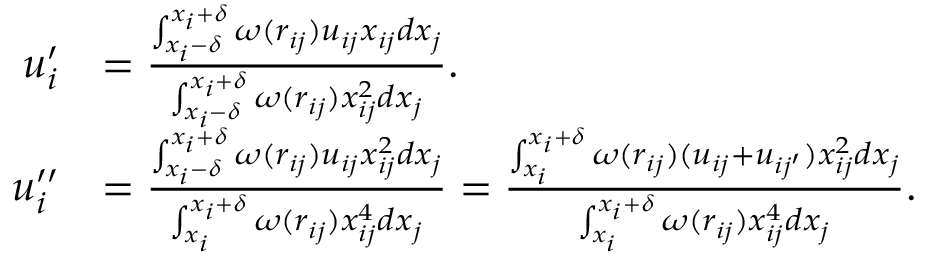
\begin{array} { r l } { u _ { i } ^ { \prime } } & { = \frac { \int _ { x _ { i } - \delta } ^ { x _ { i } + \delta } \omega ( r _ { i j } ) u _ { i j } x _ { i j } d x _ { j } } { \int _ { x _ { i } - \delta } ^ { x _ { i } + \delta } \omega ( r _ { i j } ) x _ { i j } ^ { 2 } d x _ { j } } . } \\ { u _ { i } ^ { \prime \prime } } & { = \frac { \int _ { x _ { i } - \delta } ^ { x _ { i } + \delta } \omega ( r _ { i j } ) u _ { i j } x _ { i j } ^ { 2 } d x _ { j } } { \int _ { x _ { i } } ^ { x _ { i } + \delta } \omega ( r _ { i j } ) x _ { i j } ^ { 4 } d x _ { j } } = \frac { \int _ { x _ { i } } ^ { x _ { i } + \delta } \omega ( r _ { i j } ) ( u _ { i j } + u _ { i j ^ { \prime } } ) x _ { i j } ^ { 2 } d x _ { j } } { \int _ { x _ { i } } ^ { x _ { i } + \delta } \omega ( r _ { i j } ) x _ { i j } ^ { 4 } d x _ { j } } . } \end{array}